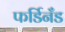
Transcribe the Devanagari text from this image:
फर्डिनँड